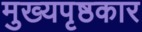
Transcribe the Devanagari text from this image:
मुख्यपृष्ठकार